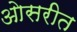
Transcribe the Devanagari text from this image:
ओसरीत